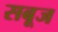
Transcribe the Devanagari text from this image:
सबूज